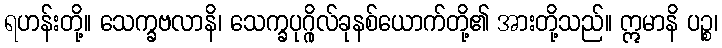
ရဟန်းတို့။ သေက္ခဗလာနိ၊ သေက္ခပုဂ္ဂိုလ်ခုနစ်ယောက်တို့၏ အားတို့သည်။ ဣမာနိ ပဉ္စ၊